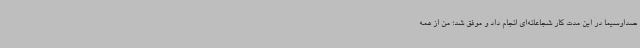
صداوسیما در این مدت کار شجاعانه‌ای انجام داد و موفق شد؛ من از همه